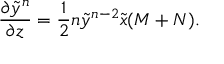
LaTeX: { \frac { \partial \tilde { y } ^ { n } } { \partial z } } = { \frac { 1 } { 2 } } n \tilde { y } ^ { n - 2 } \tilde { x } ( M + N ) .